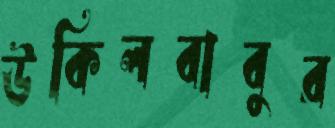
উকিলবাবুর